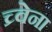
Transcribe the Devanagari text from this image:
च्र्वेना